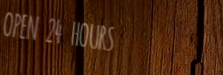
OPEN 24 HOURS